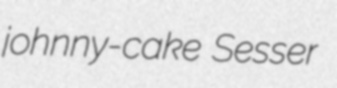
johnny-cake Sesser